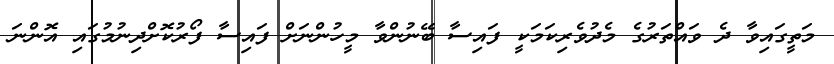
މަތީގައިވާ ދެ ވައްތަރުގެ މެދުވެރިކަމަކީ ފައިސާ ބޭނުންވާ މީހުންނަށް ފައިސާ ފޯރުކޮށްދިނުމުގައި އޮންނަ